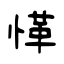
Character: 愅